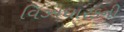
વિઝાધારકની